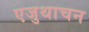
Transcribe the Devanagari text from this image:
एजुथाचन